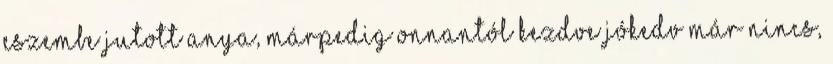
eszembe jutott anya, márpedig onnantól kezdve jókedv már nincs,